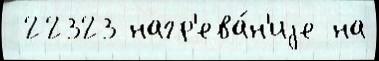
 22323 нагр'ева́н'иjе на